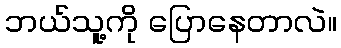
ဘယ်သူ့ကို ပြောနေတာလဲ။